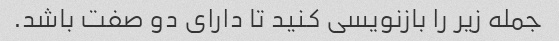
جمله زیر را بازنویسی کنید تا دارای دو صفت باشد.